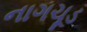
નાગચૂડ